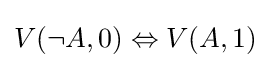
V(\neg A,0)\Leftrightarrow V(A,1)